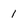
Character: 1